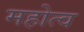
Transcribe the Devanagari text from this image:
महोत्व